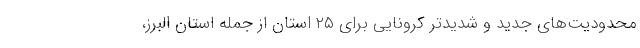
محدودیت‌های جدید و شدیدتر کرونایی برای ۲۵ استان از جمله استان البرز،